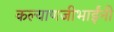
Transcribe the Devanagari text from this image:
कल्याणजीभाईंनी